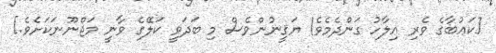
[ކަޢުބާގެ ވެރި އިލާހު ގަންދެމެވެ! ޔަޤީނުންވެސް މި ބަދަވީ ކަލޭގެ ވާނީ މަޖްނޫނަކަށެވެ.]